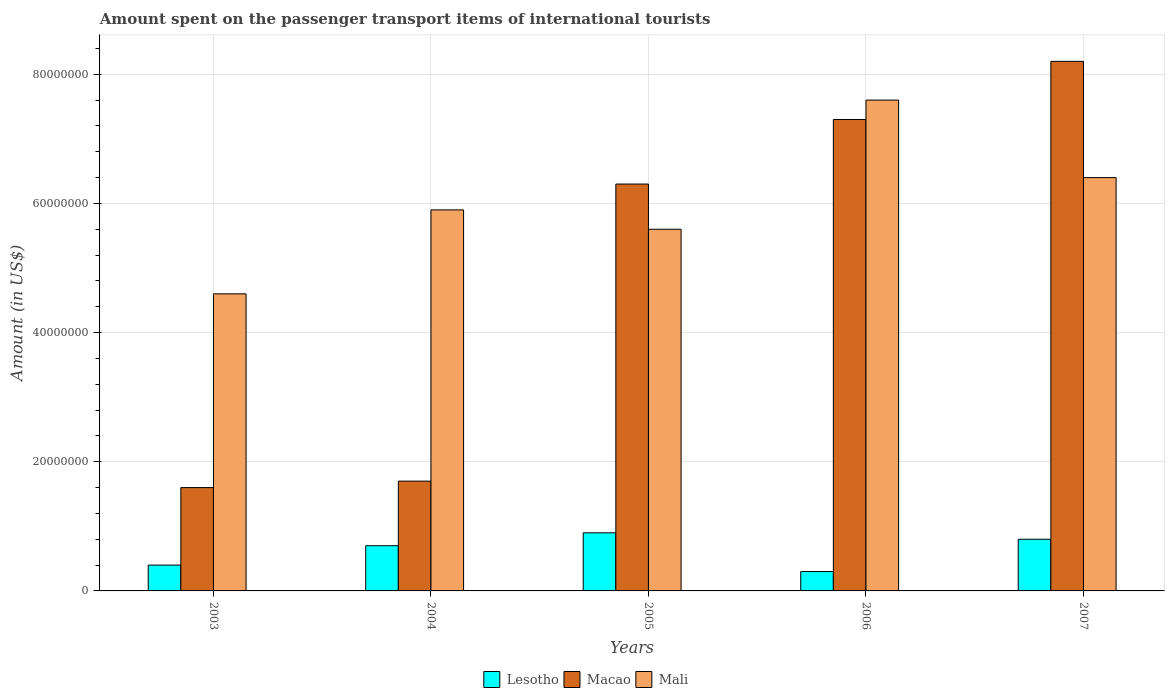
| Years | Lesotho | Macao | Mali |
 | --- | --- | --- | --- |
 | 2003 | 4e+06 | 1.6e+07 | 4.6e+07 |
 | 2004 | 7e+06 | 1.7e+07 | 5.9e+07 |
 | 2005 | 9e+06 | 6.3e+07 | 5.6e+07 |
 | 2006 | 3e+06 | 7.3e+07 | 7.6e+07 |
 | 2007 | 8e+06 | 8.2e+07 | 6.4e+07 |